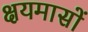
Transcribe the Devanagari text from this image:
क्षयमासों